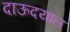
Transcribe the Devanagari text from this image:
दाऊदयाल